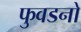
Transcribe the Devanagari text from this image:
फुवडनो